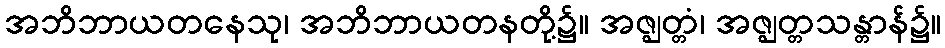
အဘိဘာယတနေသု၊ အဘိဘာယတနတို့၌။ အဇ္ဈတ္တံ၊ အဇ္ဈတ္တသန္တာန်၌။